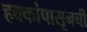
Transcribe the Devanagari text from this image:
हक्कांपासूनची